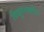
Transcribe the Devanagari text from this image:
विद्युतशक्तीत